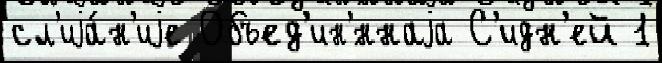
сл'иjа́н'иjе Объед'ин'́ннаjа С'идн'ей 1